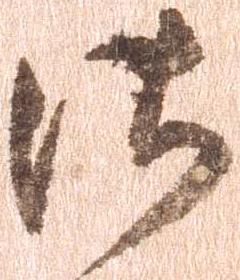
御